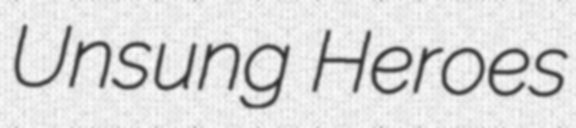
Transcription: Unsung Heroes